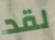
لقد